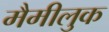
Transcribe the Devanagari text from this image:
मैमीलुक